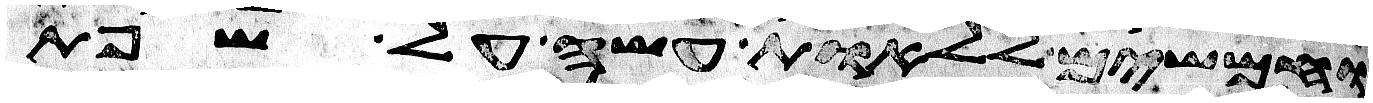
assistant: וחמשים ללאות עשה על שפת